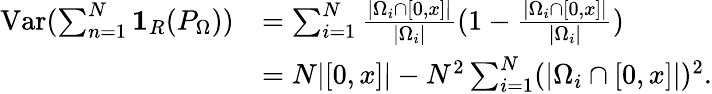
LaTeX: \begin{array}{rl}{\mathrm{Var}(\sum_{n=1}^{N}\mathbf{1}_{R}(P_{\Omega}))}&{=\sum_{i=1}^{N}\frac{|\Omega_{i}\cap[0,x]|}{|\Omega_{i}|}(1-\frac{|\Omega_{i}\cap[0,x]|}{|\Omega_{i}|})}\\ &{=N|[0,x]|-N^{2}\sum_{i=1}^{N}(|\Omega_{i}\cap[0,x]|)^{2}.}\end{array}